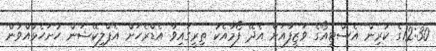
12:30ގެ ކުރިން އެސްޓީއޯގެ ވަޒީފާއަށް އެދޭ ފޯމާއެކު ތިރީގައިވާ އެޑްރެހަށް އެޕްލިކޭޝަން ހުށަހެޅުއްވުން